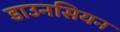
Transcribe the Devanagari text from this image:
डाउनसियन